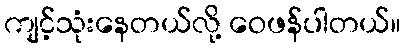
ကျင့်သုံးနေတယ်လို့ ဝေဖန်ပါတယ်။